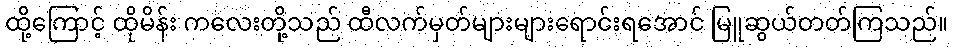
ထို့ကြောင့် ထိုမိန်း ကလေးတို့သည် ထီလက်မှတ်များများရောင်းရအောင် မြူဆွယ်တတ်ကြသည်။